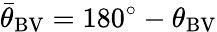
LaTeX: {\bar{\theta}}_{\mathrm{BV}}=180^{\circ}-\theta_{\mathrm{BV}}